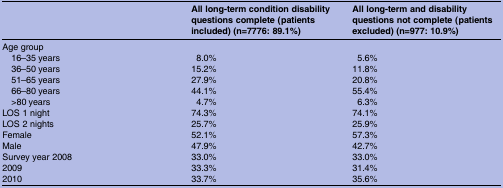
|  | All long-term condition disability questions complete (patients included) (n=7776: 89.1%) | All long-term and disability questions not complete (patients excluded) (n=977: 10.9%) |
 | --- | --- | --- |
 | Age group |  |  |
 | 16–35 years | 8.0% | 5.6% |
 | 36–50 years | 15.2% | 11.8% |
 | 51–65 years | 27.9% | 20.8% |
 | 66–80 years | 44.1% | 55.4% |
 | >80 years | 4.7% | 6.3% |
 | LOS 1 night | 74.3% | 74.1% |
 | LOS 2 nights | 25.7% | 25.9% |
 | Female | 52.1% | 57.3% |
 | Male | 47.9% | 42.7% |
 | Survey year 2008 | 33.0% | 33.0% |
 | 2009 | 33.3% | 31.4% |
 | 2010 | 33.7% | 35.6% |